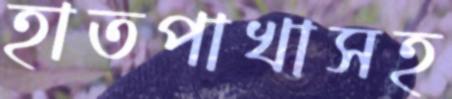
হাতপাখাসহ